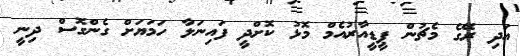
އަދި ރޭގެ މެޗުން ޕީޑީއާރުއެމް މޮޅު ކޮށްދީ ފައިނަލާ ހަމަޔަށް ގެންގޮސް ދިނީ